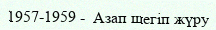
1957-1959 -  Азап шегіп жүру